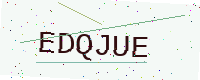
Text: EDQJUE